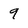
Character: 9